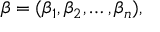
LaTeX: { \boldsymbol { \beta } } = ( \beta _ { 1 } , \beta _ { 2 } , \dots , \beta _ { n } ) ,